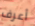
أعرف